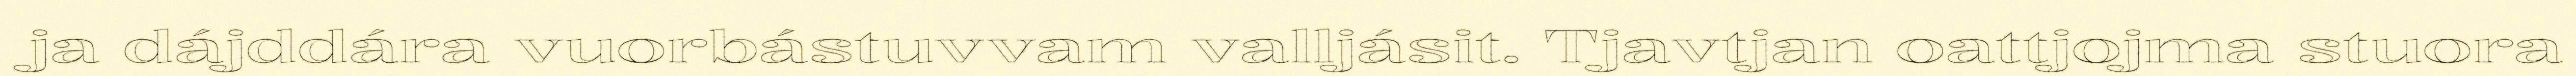
ja dájddára vuorbástuvvam valljásit. Tjavtjan oattjojma stuora